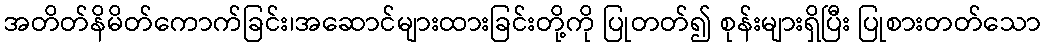
အတိတ်နိမိတ်ကောက်ခြင်း၊အဆောင်များထားခြင်းတို့ကို ပြုတတ်၍ စုန်းများရှိပြီး ပြုစားတတ်သော